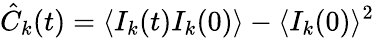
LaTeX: \hat{C}_{k}(t)=\langle I_{k}(t)I_{k}(0)\rangle-\langle I_{k}(0)\rangle^{2}